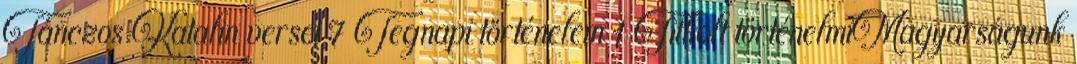
Tánczos Katalin versei 7 Tegnapi történelem 1 Titkolt történelmiMagyarságunk